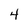
Character: 4